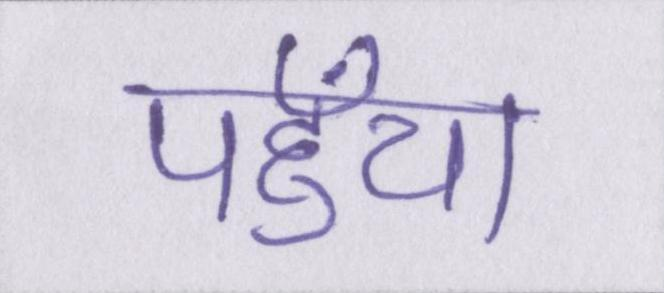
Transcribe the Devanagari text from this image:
पहुँचा